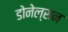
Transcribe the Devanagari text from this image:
डोनेल्सन